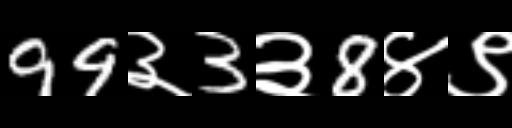
Text: 99३3३8४९